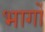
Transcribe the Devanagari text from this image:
भार्गों